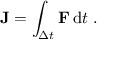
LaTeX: \mathbf { J } = \int _ { \Delta t } \mathbf { F } \, \mathrm { d } t ~ .